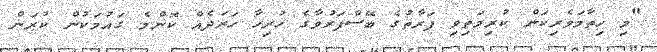
"މި ހިތާމަވެެރިކަން ކުރިމަތިވި ފަރާތުގެ ބޭސްފަރުވާގެ ހުރިހާ ހަރަދެއް ކޮންމެ ގައުމަކުން ކުރަން